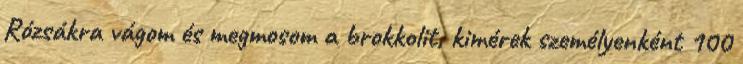
Rózsákra vágom és megmosom a brokkolit, kimérek személyenként 100